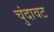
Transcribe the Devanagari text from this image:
चुंदावट